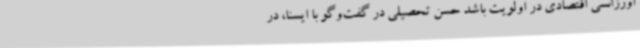
اورژانسی اقتصادی در اولویت باشد حسن تحصیلی در گفت‌وگو با ایسنا، در